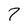
Character: 7